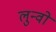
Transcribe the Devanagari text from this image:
लुन्वो